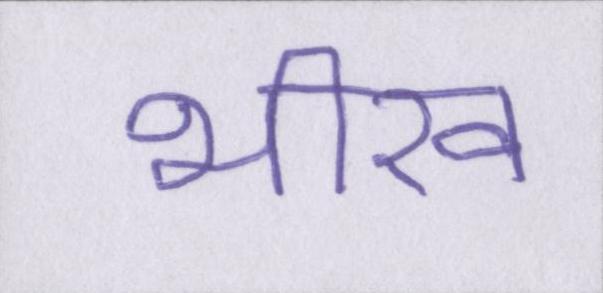
भीख